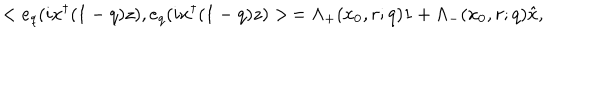
< e _ { q } ( i x ^ { \dagger } ( 1 - q ) z ) , e _ { q } ( i x ^ { \dagger } ( 1 - q ) z ) > \, = \Lambda _ { + } ( x _ { 0 } , r ; q ) 1 + \Lambda _ { - } ( x _ { 0 } , r ; q ) \hat { x } ,